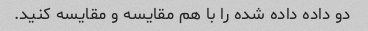
دو داده داده شده را با هم مقایسه و مقایسه کنید.